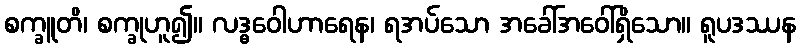
စက္ခူတိ၊ စက္ခုဟူ၍။ လဒ္ဓဝေါဟာရေန၊ ရအပ်သော အခေါ်အဝေါ်ရှိသော။ ရူပဒဿန